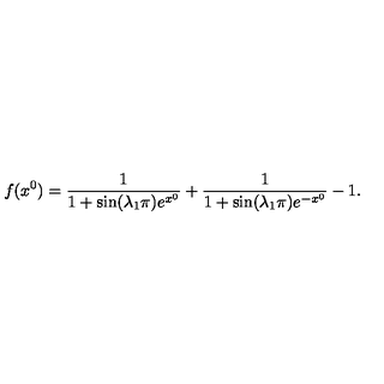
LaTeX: f ( x ^ { 0 } ) = \frac { 1 } { 1 + \sin ( \lambda _ { 1 } \pi ) e ^ { x ^ { 0 } } } + \frac { 1 } { 1 + \sin ( \lambda _ { 1 } \pi ) e ^ { - x ^ { 0 } } } - 1 .